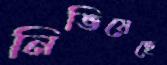
নিভিয়েছে